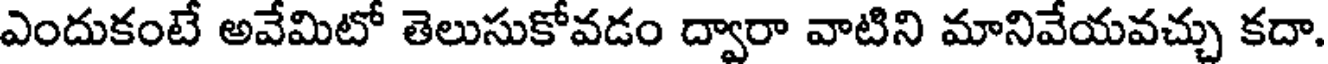
ఎందుకంటే అవేమిటో తెలుసుకోవడం ద్వారా వాటిని మానివేయవచ్చు కదా.